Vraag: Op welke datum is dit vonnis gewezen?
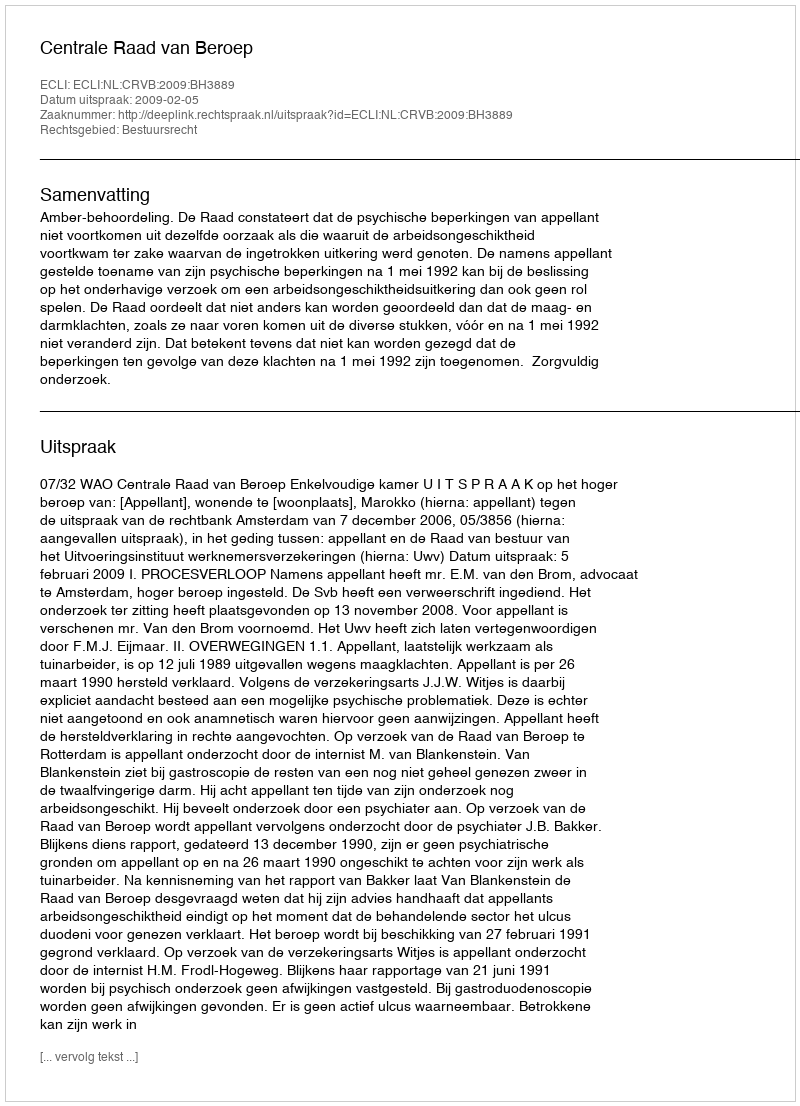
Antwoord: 2009-02-05